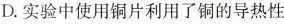
D.实验中使用铜片利用了铜的导热性